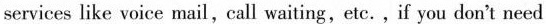
services like voice mail, call waiting, etc., if you don't need